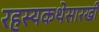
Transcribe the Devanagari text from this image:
रहस्यकथेसारखी